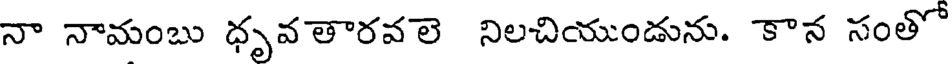
నా నామంబు ధృవతారవలె నిలచియుండును. కాన సంతో